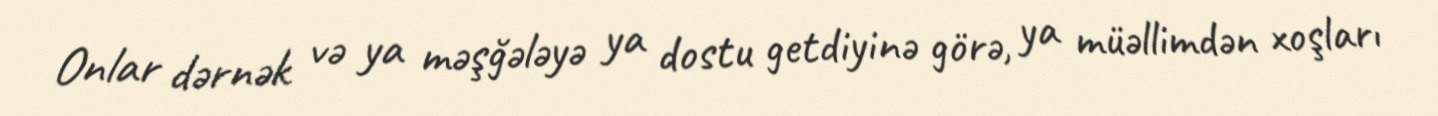
Onlar dərnək və ya məşğələyə ya dostu getdiyinə görə, ya müəllimdən xoşları